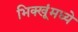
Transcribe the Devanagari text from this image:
भिक्खूंमध्ये